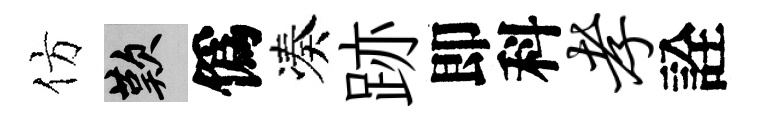
仿嘆僞凑跡即科孝詮